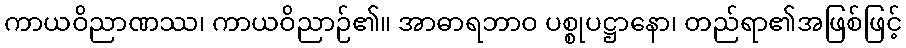
ကာယဝိညာဏဿ၊ ကာယဝိညာဉ်၏။ အာဓာရဘာဝ ပစ္စုပဋ္ဌာနော၊ တည်ရာ၏အဖြစ်ဖြင့်